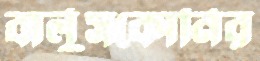
বার্লুসকোনির